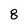
Character: 8